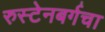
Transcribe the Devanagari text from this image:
रुस्टेनबर्गचा